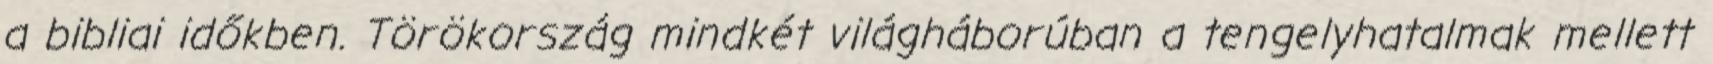
a bibliai időkben. Törökország mindkét világháborúban a tengelyhatalmak mellett